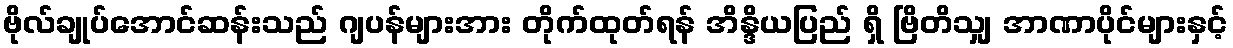
ဗိုလ်ချုပ်အောင်ဆန်းသည် ဂျပန်များအား တိုက်ထုတ်ရန် အိန္ဒိယပြည် ရှိ ဗြိတိသျှ အာဏာပိုင်များနှင့်